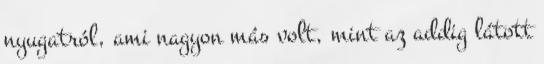
nyugatról, ami nagyon más volt, mint az addig látott